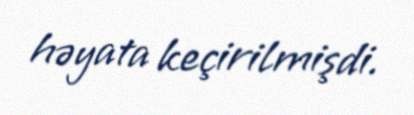
həyata keçirilmişdi.